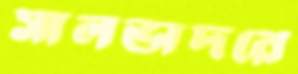
সালভাদরে